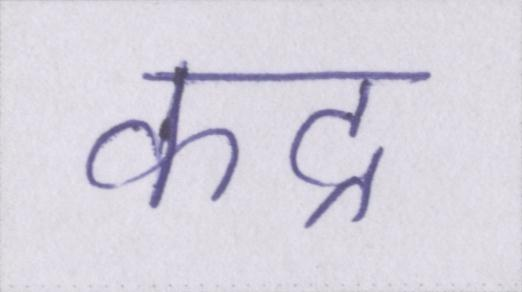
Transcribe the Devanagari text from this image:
कद्र